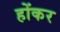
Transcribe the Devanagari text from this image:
होंकर